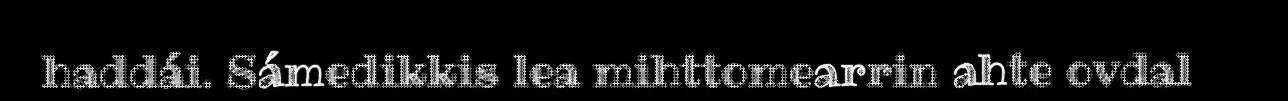
haddái. Sámedikkis lea mihttomearrin ahte ovdal